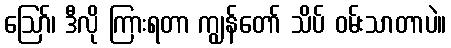
ဪ၊ ဒီလို ကြားရတာ ကျွန်တော် သိပ် ဝမ်းသာတာပဲ။